Civil Veterinary Department. United Provinces 1932-42 - 1932-1942
Year: 1932
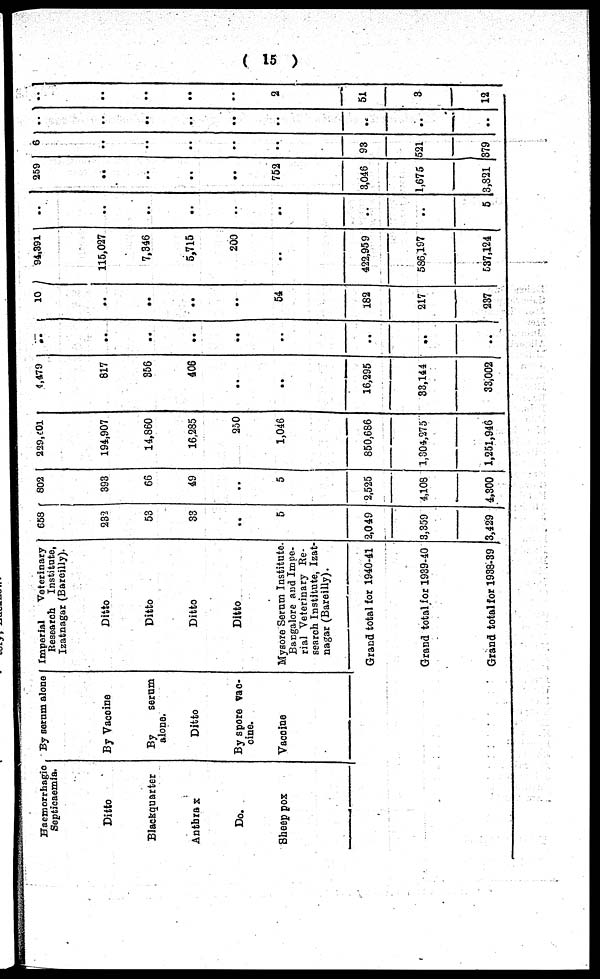
( 15 )
Haemorrhagic
Septicaemia.
Ditto
Blackquarter
Anthrax
Do.
Sheep pox
By serum alone
By Vaccine
By
serum
alone.
Ditto
By spore vac-
cine.
Vaccine
Imperial
Veterinary
Research Institute,
Izatnagar (Bareilly).
Ditto
Ditto
Ditto
Ditto
Mysore Serum Institute.
Bangalore and Impe-
rial Veterinary Re-
search Institute, Izat-
nagar (Bareilly).
Grand total for 1940-41
Grand total for 1939-10
Grand total for 1933-39
653
232
53
33
..
5
2,049
3,359
3,429
802
393
66
49
..
5
2,525
4,108
4,300
229,401
194,907
14,860
16,285
250
1,046
650,686
1,304,275
1,251,946
4,479
817
356
406
..
16,295
33,144
33,002
..
..
..
..
..
..
..
..
10
..
..
..
..
54
182
217
237
94,391
..
7,346
5,715
200
422,959
586,197
537,124
..
..
..
..
..
..
..
5
259
..
..
..
..
752
3,046
1,675
3,821
6
..
..
..
..
..
93
321
579
..
..
..
..
..
..
..
..
..
..
..
..
..
2
51
3
12